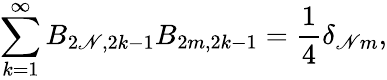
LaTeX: \sum_{k=1}^{\infty}B_{2\mathscr{N},2k-1}B_{2m,2k-1}=\frac{{1}}{{4}}\delta_{\mathscr{N}m},